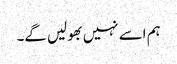
ہم اسے نہیں بھولیں گے۔